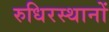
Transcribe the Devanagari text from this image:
रुधिरस्थानों